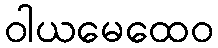
ဝါယမေထေဝ